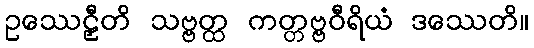
ဥဿေဠှီတိ သဗ္ဗတ္ထ ကတ္တဗ္ဗဝီရိယံ ဒဿေတိ။